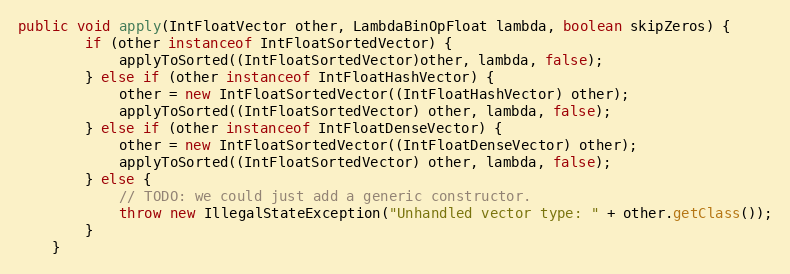
Language: Java
public void apply(IntFloatVector other, LambdaBinOpFloat lambda, boolean skipZeros) {
        if (other instanceof IntFloatSortedVector) {
            applyToSorted((IntFloatSortedVector)other, lambda, false);
        } else if (other instanceof IntFloatHashVector) {
            other = new IntFloatSortedVector((IntFloatHashVector) other);
            applyToSorted((IntFloatSortedVector) other, lambda, false);
        } else if (other instanceof IntFloatDenseVector) {
            other = new IntFloatSortedVector((IntFloatDenseVector) other);
            applyToSorted((IntFloatSortedVector) other, lambda, false);
        } else {
            // TODO: we could just add a generic constructor.
            throw new IllegalStateException("Unhandled vector type: " + other.getClass());
        }
    }